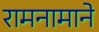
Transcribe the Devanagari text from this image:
रामनामाने